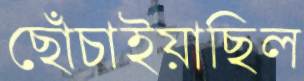
ছোঁচাইয়াছিল